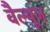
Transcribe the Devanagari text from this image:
वैल्यूज